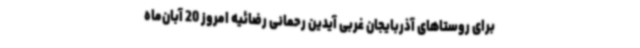
برای روستاهای آذربایجان غربی آیدین رحمانی رضائیه امروز 20 آبان‌ماه